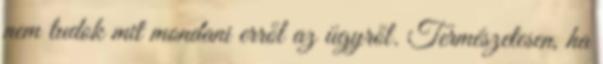
nem tudok mit mondani erről az ügyről. Természetesen, ha